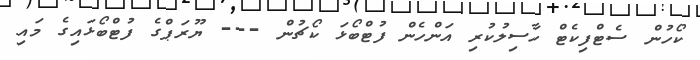
ކޯހުން ސެޓްފިކެޓް ހާސިލުކުރި އަންހެން ފުޓްބޯޅަ ކޯޗުން --- ޔޫރަޕްގެ ފުޓްބޯޅައިގެ މައި